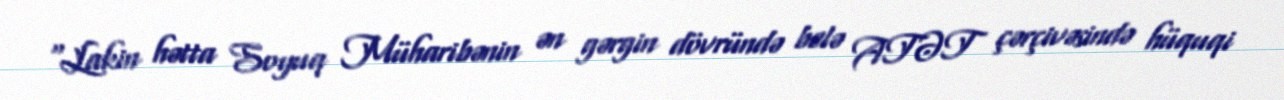
“Lakin hətta Soyuq Müharibənin ən gərgin dövründə belə ATƏT çərçivəsində hüquqi